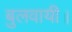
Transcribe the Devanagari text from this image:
बुलवायी।